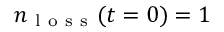
n _ { \mathrm { ~ l ~ o ~ s ~ s ~ } } ( t = 0 ) = 1